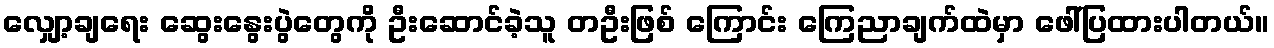
လျှော့ချရေး ဆွေးနွေးပွဲတွေကို ဦးဆောင်ခဲ့သူ တဦးဖြစ် ကြောင်း ကြေညာချက်ထဲမှာ ဖေါ်ပြထားပါတယ်။